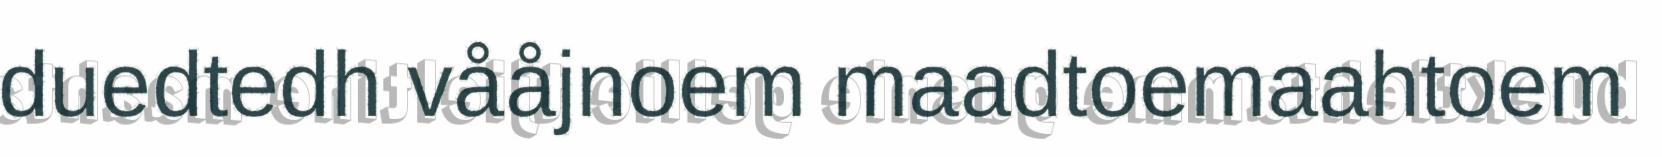
duedtedh vååjnoem maadtoemaahtoem